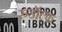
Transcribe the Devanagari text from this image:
रुडॉल्फ़